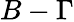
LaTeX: B-\Gamma